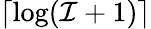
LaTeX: \lceil\log(\mathcal{I}+1)\rceil